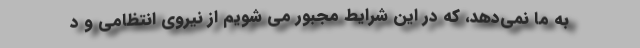
به ما نمی‌دهد، که در این شرایط مجبور می شویم از نیروی انتظامی و د